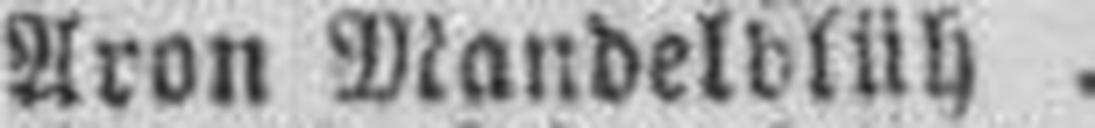
Aron Mandelblüh